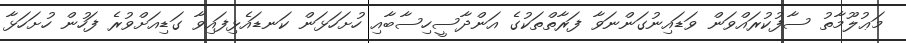
މަޢުލޫމާތު ސާފުކުރައްވަން ވަޑައިނުގަންނަވާ ފަރާތްތަކުގެ އަންދާސީހިސާބާއި ހުށަހަޅަން ކަނޑައެޅިފައިވާ ގަޑިއަށްވުރެ ފަހުން ހުށަހަޅާ